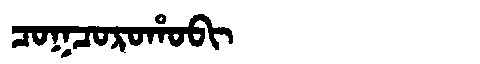
Manchu: ᠴᠣᡴᠴᠣᡵᠣᡥᠣᠪᡳ
Romanization: COKCOROHOBI